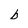
Character: b